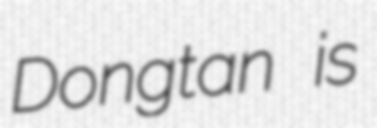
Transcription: Dongtan is